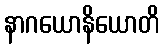
နာဂယောနိယောတိ